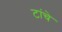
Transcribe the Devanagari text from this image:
टांचे